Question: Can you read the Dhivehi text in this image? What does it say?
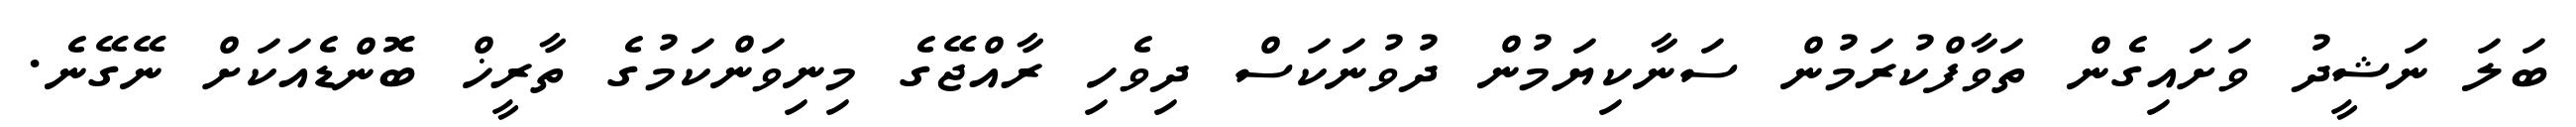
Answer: ބަލަ ނަޝީދު ވަށައިގެން ތަވާފްކުރަމުން ސަނާކިޔަމުން ދުވުނަކަސް ދިވެހި ރާއްޖޭގެ މިނިވަންކަމުގެ ތާރީޚް ބޮންޑެއަކަށް ނޭގޭނެ.